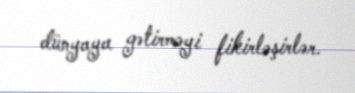
dünyaya gətirməyi fikirləşirlər.